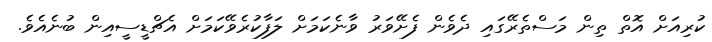
ކުރިއަށް އޮތް ތިން މަސްތެރޭގައި ދެވެން ފެށޭވަރު ވާނެކަމަށް ލަފާކުރެވޭކަމަށް އެޗްޑީސީއިން ބުނެއެވެ.